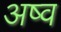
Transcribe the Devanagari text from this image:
अष्व